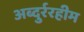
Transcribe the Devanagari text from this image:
अब्दुर्ररहीम